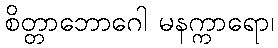
စိတ္တာဘောဂေါ မနက္ကာရော၊